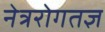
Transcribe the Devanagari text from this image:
नेत्ररोगतज्ञ